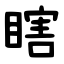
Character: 瞎